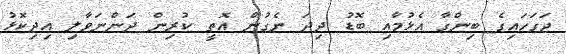
ޖަގަހައިގެ ބިންގާ އެޅުމާއި ބޮޑު ދިދަ ނެގުން އޮތީ ކުރިން ދަންނަވާލި އިދިކޮޅު